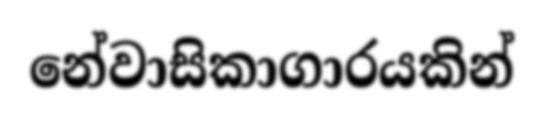
නේවාසිකාගාරයකින්